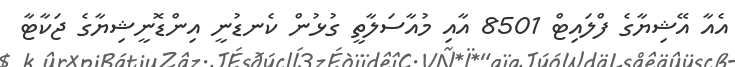
އެއާ އޭޝިޔާގެ ފްލައިޓް 8501 އާއި މުއާސަލާތީ ގުޅުން ކެނޑުނީ އިންޑޮނީޝިޔާގެ ޖަކާޓާ